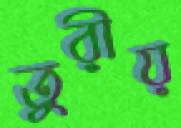
তুরীয়